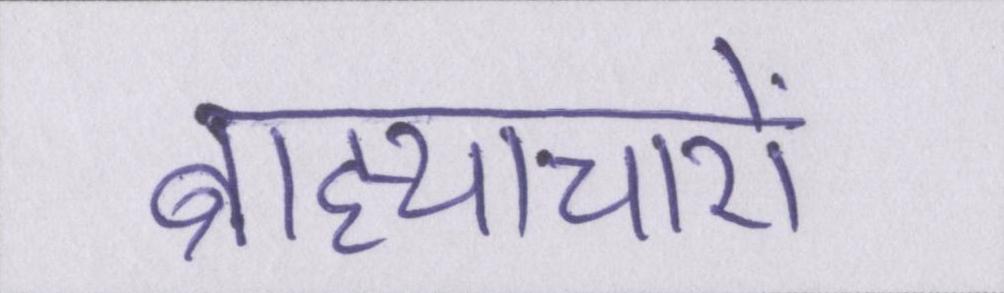
ब्राह्याचारों